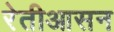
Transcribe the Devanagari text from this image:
रेतीआसन